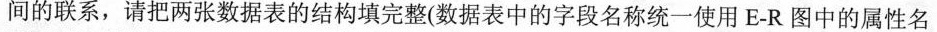
间的联系，请把两张数据表的结构填完整(数据表中的字段名称统一使用E-R图中的属性名